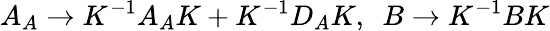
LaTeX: A_{A}\to K^{-1}A_{A}K+K^{-1}D_{A}K,~~B\to K^{-1}BK